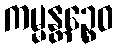
ကမ္မန္တဉ္စေဝ